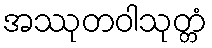
အဿုတဝါသုတ္တံ